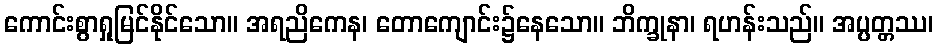
ကောင်းစွာရှုမြင်နိုင်သော။ အရညိကေန၊ တောကျောင်း၌နေသော။ ဘိက္ခုနာ၊ ရဟန်းသည်။ အပ္ပတ္တဿ၊